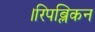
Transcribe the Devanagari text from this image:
।रिपब्लिकन